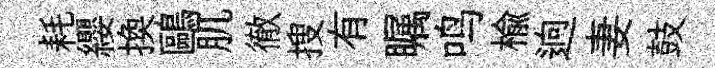
耗纓換鷗肌徹搜有瞩鸣榆逈妻鼓